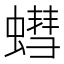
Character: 𮔷